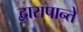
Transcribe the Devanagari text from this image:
द्वारापान्ते